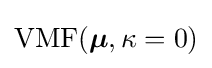
{\text{VMF}}({\boldsymbol {\mu }},\kappa =0)